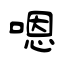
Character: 嗯